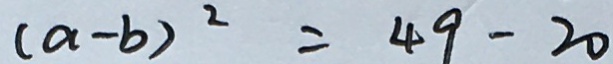
( a - b ) ^ { 2 } = 4 9 - 2 0